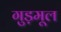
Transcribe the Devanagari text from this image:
गुड़मूल